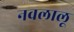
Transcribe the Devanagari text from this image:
नवलालू